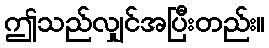
ဤသည်လျှင်အပြီးတည်း။